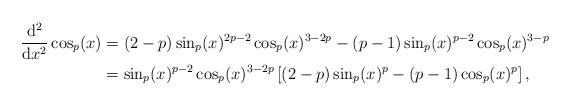
LaTeX: \begin{align*}\frac{\mathrm{d^2}}{\mathrm{d}x^2}\cos_p(x)&=(2-p)\sin_p(x)^{2p-2}\cos_p(x)^{3-2p}-(p-1)\sin_p(x)^{p-2}\cos_p(x)^{3-p}\\&=\sin_p(x)^{p-2}\cos_p(x)^{3-2p}\left[(2-p)\sin_p(x)^p-(p-1)\cos_p(x)^p\right],\end{align*}